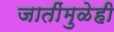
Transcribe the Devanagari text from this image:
जातींमुळेही